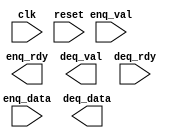
//=========================================================================
// FIFO Template
//-------------------------------------------------------------------------
//
//`include "EECS151.v"

module fifo #(parameter WIDTH = 8, parameter LOGDEPTH = 3) (
    input clk,
    input reset,

    input enq_val,
    input [WIDTH-1:0] enq_data,
    output enq_rdy,

    output deq_val,
    output [WIDTH-1:0] deq_data,
    input deq_rdy

);

localparam DEPTH = (1 << LOGDEPTH);

// the buffer itself. Take note of the 2D syntax.
reg [WIDTH-1:0] buffer [DEPTH-1:0];
// read pointer, write pointer
reg [LOGDEPTH-1:0] rptr, wptr;
// is the buffer full? This is needed for when rptr == wptr
reg full;

// Define any additional regs or wires you need (if any) here

// use "fire" to indicate when a valid transaction has been made
wire enq_fire;
wire deq_fire;

assign enq_fire = enq_val & enq_rdy;
assign deq_fire = deq_val & deq_rdy;

// Your code here (don't forget the reset!)

endmodule